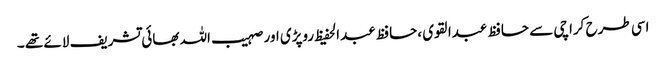
اسی طرح کراچی سے حافظ عبدالقوی ،حافظ عبدالحفیظ روپڑی اور صہیب اللہ بھائی تشریف لائے تھے ۔